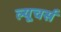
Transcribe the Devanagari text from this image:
ल्यूचर्स